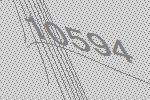
10594